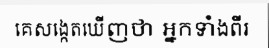
គេសង្កេតឃើញថា អ្នកទាំងពីរ